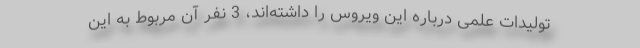
تولیدات علمی درباره این ویروس را داشته‌اند، 3 نفر آن مربوط به این